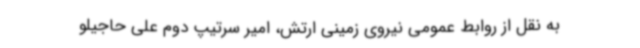
به نقل از روابط عمومی نیروی زمینی ارتش، امیر سرتیپ دوم علی حاجیلو